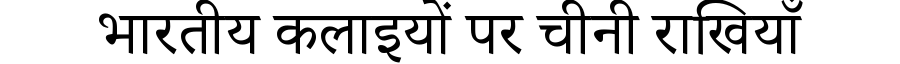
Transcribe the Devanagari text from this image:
भारतीय कलाइयों पर चीनी राखियाँ